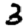
Digit: 3